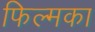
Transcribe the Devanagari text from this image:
फिल्मका